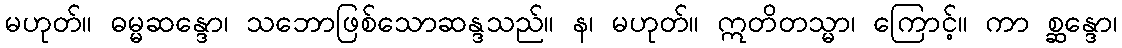
မဟုတ်။ ဓမ္မဆန္ဒော၊ သဘောဖြစ်သောဆန္ဒသည်။ န၊ မဟုတ်။ ဣတိတသ္မာ၊ ကြောင့်။ ကာ စ္ဆန္ဒော၊